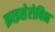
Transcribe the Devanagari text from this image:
क्राइसेरोबिन